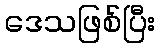
ဒေသဖြစ်ပြီး